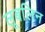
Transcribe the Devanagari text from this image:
लूबलिन